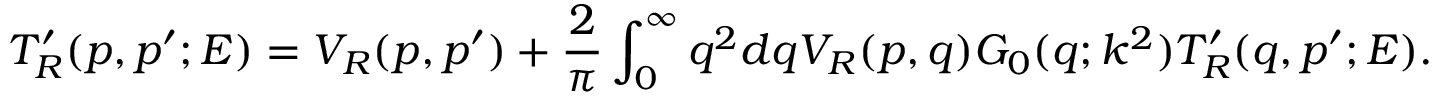
T _ { R } ^ { \prime } ( p , p ^ { \prime } ; E ) = V _ { R } ( p , p ^ { \prime } ) + \frac 2 \pi \int _ { 0 } ^ { \infty } { q ^ { 2 } d q { V _ { R } ( p , q ) } G _ { 0 } ( q ; k ^ { 2 } ) T _ { R } ^ { \prime } ( q , p ^ { \prime } ; E ) } .